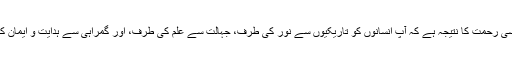
اللہ تعالی نے آپ صلی اللہ علیہ وسلم کو ساری دنیا کے لئے رحمت بناکر بھیجا ہے، اور اسی رحمت کا نتیجہ ہے کہ آپ انسانوں کو تاریکیوں سے نور کی طرف، جہالت سے علم کی طرف، اور گمراہی سے ہدایت و ایمان کی طرف لے آ‍‌‌ئے، آپ نے امانتِ نبوت کا پورا پورا حق ادا کیا، اور امت کی خیرخواہی کی۔